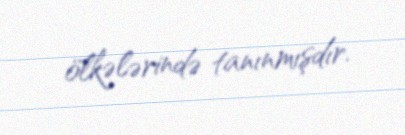
ölkələrində tanınmışdır.